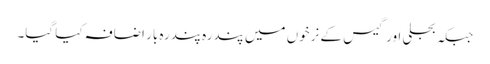
جبکہ بجلی اور گیس کے نرخوں میں پندرہ پندرہ بار اضافہ کیا گیا۔